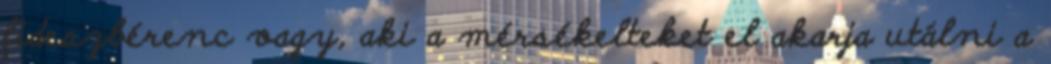
fideszbérenc vagy, aki a mérsékelteket el akarja utálni a